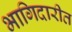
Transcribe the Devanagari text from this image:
भागिदारीत